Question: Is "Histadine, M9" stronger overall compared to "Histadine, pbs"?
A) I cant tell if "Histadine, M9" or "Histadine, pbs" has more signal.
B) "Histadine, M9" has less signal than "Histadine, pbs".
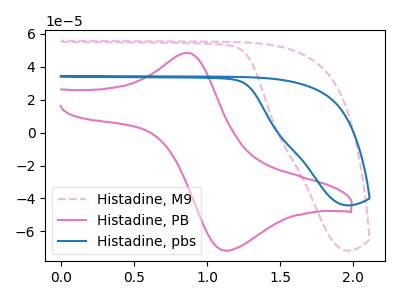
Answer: <think>The pink dashed curve "Histadine, M9" has no peaks. The pink curve "Histadine, PB" has an anodic peak at (0.85V, 48.55uA) and a cathodic peak at (1.10V, -71.70uA). The blue curve "Histadine, pbs" has no peaks.
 Neither "Histadine, M9" or "Histadine, pbs" have any peaks.</think>
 <answer>A) I cant tell if "Histadine, M9" or "Histadine, pbs" has more signal.</answer>
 <eval>A</eval>